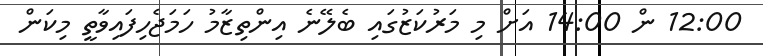
12:00 ން 14:00 އަށް މި މަރުކަޒުގައި ބެލޭނެ އިންތިޒާމު ހަމަޖެހިފައިވާތީ މިކަން